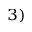
^ { 3 ) }